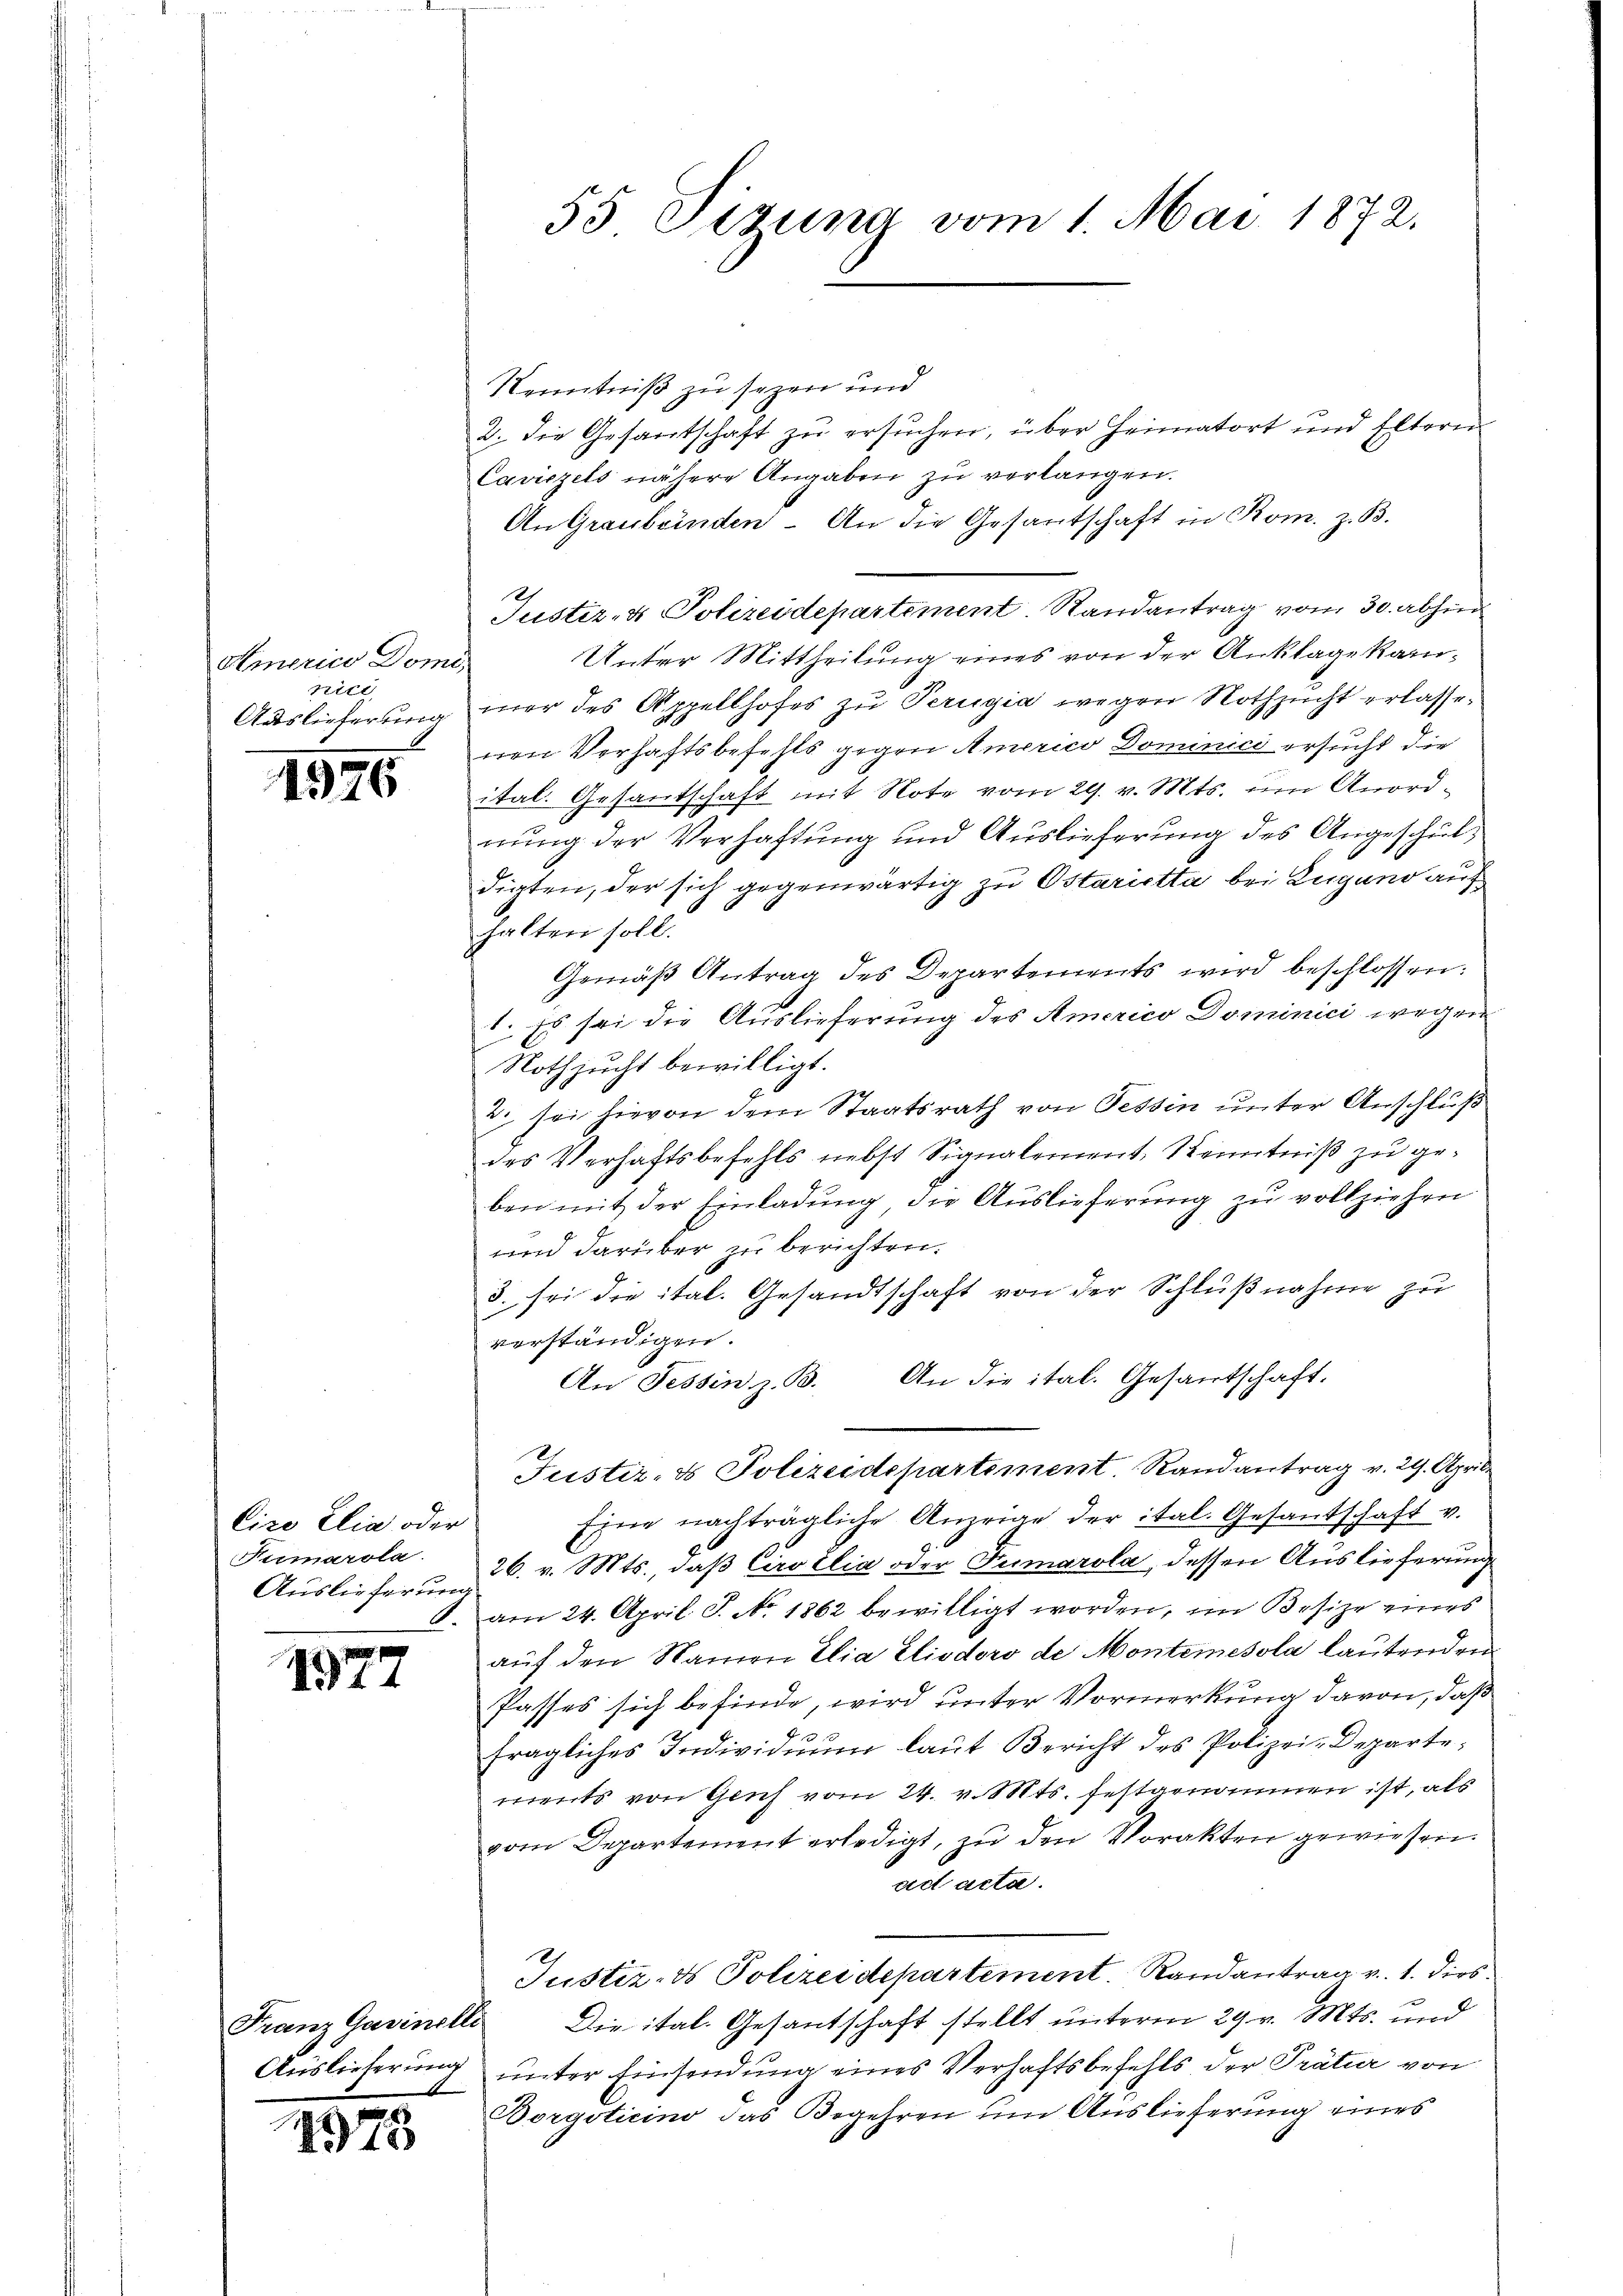
Americo Domi
nici
Auslieferung

1976

Cire Elia oder
Sirmarola.
Auslieferung

1977

1975

55 Sizung vom 1. Mai 1872.

Kenntniß zu sezen und
2. die Gesantschaft zu ersuchen, über Heimatort und Eltern
Caviezels nähere Angaben zu verlangen.
An Graubünden. An die Gesantschaft in Rom. z. B.
Justiz- & Polizeidepartement. Randantrag vom 30. abhin
Unter Mittheilung eines von der Anklage kammer des Appellhofes zu Perugia wegen Nothzucht erlassenen Verhaftsbefehls gegen Americo Dominici ersucht die
ital. Gesandschaft mit Note vom 29. v. Mts. um Anordnung der Verhaftung und Auslieferung des Angeschuldigten, der sich gegenwärtig zu Ostarietta bei Zugano auf
halten soll.
Gemäß Antrag des Departements wird beschlossen:
1. Es sei die Auslieferung des Americo Dominici wegen
Nothzucht bewilligt.
. sei hievon dem Staatsrath von Tessin unter Anschluß
des Verhaftsbefehls nebst Signalement, Kenntniß zu geben mit der Einladung, die Auslieferung zu vollziehen
und darüber zu berichten.
3. sei die ital. Gesandtschaft von der Schlußnahme zu
verständigen.
An Tessin z. B. An die ital. Gesandschaft.
Justiz- & Polizeidepartement. Randantrag v. 29. April
Eine nachträgliche Anzeige der ital. Gesantschaft v.
26. v. Mts., daß Cirozlia oder Tumarola, dessen Auslieferung
8. am 24. April S. No. 1862 bewilligt worden, im Besize eines
auf den Namen Elia Elisdoro de Montemesola lautenden
Passes sich befinde, wird unter Vormerkung davon, daß
fragliches Individŭŭm laŭt Bericht des Polizei-Departe,
ments von Geich vom 24. v. Mts. festgenommen ist, als
vom Departement erledigt, zu den Vorakten gewiesen.
ad acta.
Justiz- & Polizeidepartement. Randantrag v. 1. Dies
Franz Gawinelle Die ital. Gesantschaft stellt unterm 29. v. Mts. und
Auslieferung unter Einsendung eines Verhaftsbefehls der Prätur von
Borgsticino das Begehren um Auslieferung eines